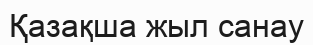
Қазақша жыл санау